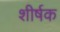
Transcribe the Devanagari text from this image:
शीर्षक